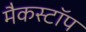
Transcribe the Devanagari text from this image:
मैकस्टॉप